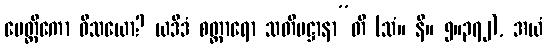
ပေတ္တိကော ဝိသယော? ယဒိဒံ စတ္တာရော သတိပဋ္ဌာနာ”တိ (သံ။ နိ။ ၅။၃၇၂), အယံ